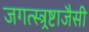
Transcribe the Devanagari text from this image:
जगत्स्त्र्रष्टाजैसी